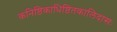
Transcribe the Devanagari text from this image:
कनिष्ठिकाधिष्ठितकालिदासः